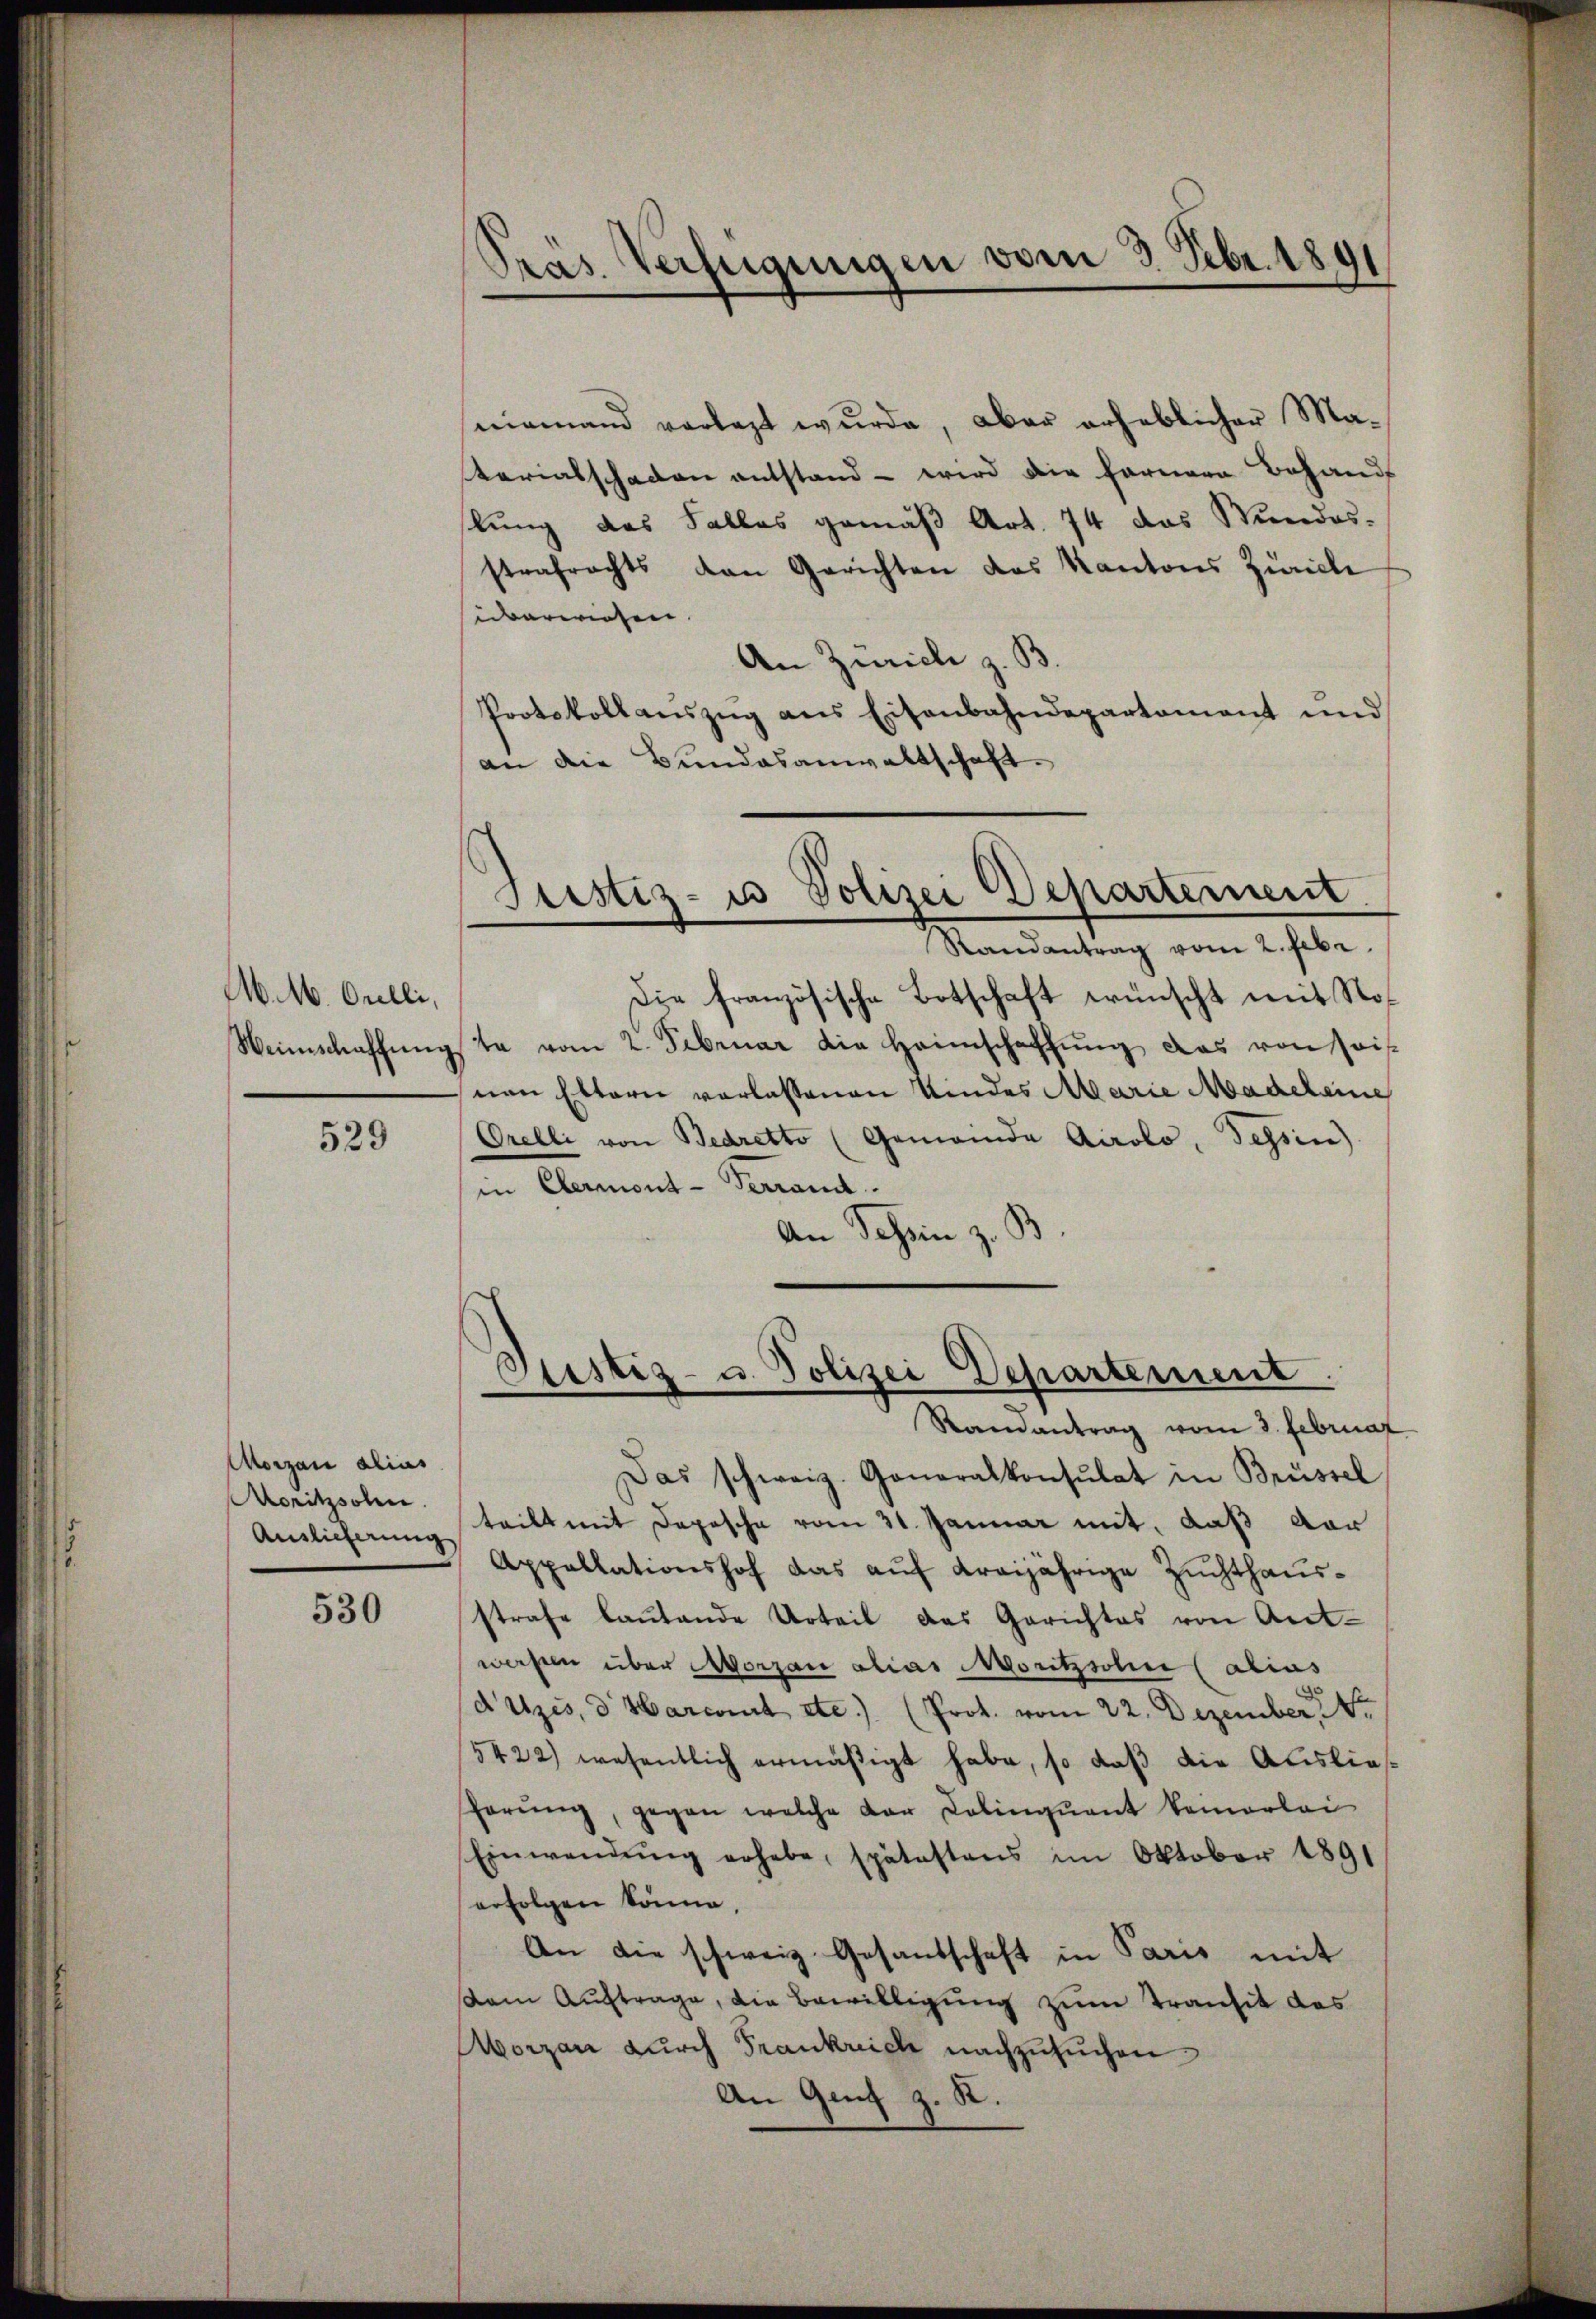
M. M. Orelli,

529

Morzan alias
Moritzsohne
Auslieferung

530

niemand vorlegt wurde, aber erheblicher Materialschaden entstand - wird die fernere Behand
lung des Falles gemäß Art. 74 das Wundes-
strafrachts dan Gerichten das Kantons Zürich
überwiesen.
An Zürich z. B.
Protokollaŭszŭg ans Eisenbahndepartamant und
an die Bundesanwaltschaft.

d
Präs. Verfügungen vom 3. Febr. 180

Die französische Botschaft wünscht mit Stof
Weinschaffŭngste vom 2. Februar die Heimschaffŭng das von seis
snen Eltern verlassenen Kindes Marie Madeleine
Orelli von Bedretto (Gemeinde Airolo, Tessin)
in Clermont-Terrand.
An Schein z. B

Justiz- u Polizei Departement
Randantrag vom 2. Febr.

Randantrag vom 3. Februar
Das schweiz. Generalkonsulat in Brüssel
teilt mit Depesche vom 31. Januar mit, daß vor
Appellationshof das auf dreijährige Zuchthausstrafe laŭtende Urteil das Gerichtes von Ant-
wersten über Morzau alias Moritzsohn (alius
dutzes, d. Marcourt etc.) (Prot. vom 22. Dezember 14
5422) wesentlich ermäßigt habe, so daß die Auslieharŭng, gegen welche der Colinquant keinerlei
Einwendŭng erhebe, spätestens im Oktober 1891
erfolgen könne.
An die schweiz. Gesandschaft in Paris mit
dam Auftrage, die Bewilligung zum Transit des
Morzen durch Frankreich nachzusuchen
An Genf z. R.

Justiz- u. Polizei Departement.